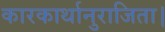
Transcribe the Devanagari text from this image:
कारकार्थानुराजिता।